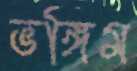
ভঙ্গিম